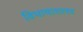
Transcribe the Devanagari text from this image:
विभाषाशास्त्र